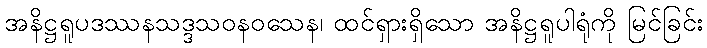
အနိဋ္ဌရူပဒဿနသဒ္ဒသဝနဝသေန၊ ထင်ရှားရှိသော အနိဋ္ဌရူပါရုံကို မြင်ခြင်း